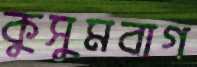
কুসুমবাগ